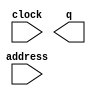
// megafunction wizard: %ROM: 1-PORT%VBB%
// GENERATION: STANDARD
// VERSION: WM1.0
// MODULE: altsyncram 

// ============================================================
// Megafunction Name(s):
// 			altsyncram
//
// Simulation Library Files(s):
// 			altera_mf
// ============================================================
// ************************************************************
// THIS IS A WIZARD-GENERATED FILE. DO NOT EDIT THIS FILE!
//
// 17.0.0 Build 595 04/25/2017 SJ Lite Edition
// ************************************************************

//Copyright (C) 2017  Intel Corporation. All rights reserved.
//Your use of Intel Corporation's design tools, logic functions 
//and other software and tools, and its AMPP partner logic 
//functions, and any output files from any of the foregoing 
//(including device programming or simulation files), and any 
//associated documentation or information are expressly subject 
//to the terms and conditions of the Intel Program License 
//Subscription Agreement, the Intel Quartus Prime License Agreement,
//the Intel MegaCore Function License Agreement, or other 
//applicable license agreement, including, without limitation, 
//that your use is for the sole purpose of programming logic 
//devices manufactured by Intel and sold by Intel or its 
//authorized distributors.  Please refer to the applicable 
//agreement for further details.

module rock (
	address,
	clock,
	q);

	input	[14:0]  address;
	input	  clock;
	output	[0:0]  q;
`ifndef ALTERA_RESERVED_QIS
// synopsys translate_off
`endif
	tri1	  clock;
`ifndef ALTERA_RESERVED_QIS
// synopsys translate_on
`endif

endmodule

// ============================================================
// CNX file retrieval info
// ============================================================
// Retrieval info: PRIVATE: ADDRESSSTALL_A NUMERIC "0"
// Retrieval info: PRIVATE: AclrAddr NUMERIC "0"
// Retrieval info: PRIVATE: AclrByte NUMERIC "0"
// Retrieval info: PRIVATE: AclrOutput NUMERIC "0"
// Retrieval info: PRIVATE: BYTE_ENABLE NUMERIC "0"
// Retrieval info: PRIVATE: BYTE_SIZE NUMERIC "8"
// Retrieval info: PRIVATE: BlankMemory NUMERIC "0"
// Retrieval info: PRIVATE: CLOCK_ENABLE_INPUT_A NUMERIC "0"
// Retrieval info: PRIVATE: CLOCK_ENABLE_OUTPUT_A NUMERIC "0"
// Retrieval info: PRIVATE: Clken NUMERIC "0"
// Retrieval info: PRIVATE: IMPLEMENT_IN_LES NUMERIC "0"
// Retrieval info: PRIVATE: INIT_FILE_LAYOUT STRING "PORT_A"
// Retrieval info: PRIVATE: INIT_TO_SIM_X NUMERIC "0"
// Retrieval info: PRIVATE: INTENDED_DEVICE_FAMILY STRING "Cyclone V"
// Retrieval info: PRIVATE: JTAG_ENABLED NUMERIC "0"
// Retrieval info: PRIVATE: JTAG_ID STRING "NONE"
// Retrieval info: PRIVATE: MAXIMUM_DEPTH NUMERIC "0"
// Retrieval info: PRIVATE: MIFfilename STRING "./csc258/project/m2/learning-rps/rock.mono.mif"
// Retrieval info: PRIVATE: NUMWORDS_A NUMERIC "32768"
// Retrieval info: PRIVATE: RAM_BLOCK_TYPE NUMERIC "0"
// Retrieval info: PRIVATE: RegAddr NUMERIC "1"
// Retrieval info: PRIVATE: RegOutput NUMERIC "0"
// Retrieval info: PRIVATE: SYNTH_WRAPPER_GEN_POSTFIX STRING "0"
// Retrieval info: PRIVATE: SingleClock NUMERIC "1"
// Retrieval info: PRIVATE: UseDQRAM NUMERIC "0"
// Retrieval info: PRIVATE: WidthAddr NUMERIC "15"
// Retrieval info: PRIVATE: WidthData NUMERIC "1"
// Retrieval info: PRIVATE: rden NUMERIC "0"
// Retrieval info: LIBRARY: altera_mf altera_mf.altera_mf_components.all
// Retrieval info: CONSTANT: ADDRESS_ACLR_A STRING "NONE"
// Retrieval info: CONSTANT: CLOCK_ENABLE_INPUT_A STRING "BYPASS"
// Retrieval info: CONSTANT: CLOCK_ENABLE_OUTPUT_A STRING "BYPASS"
// Retrieval info: CONSTANT: INIT_FILE STRING "./csc258/project/m2/learning-rps/rock.mono.mif"
// Retrieval info: CONSTANT: INTENDED_DEVICE_FAMILY STRING "Cyclone V"
// Retrieval info: CONSTANT: LPM_HINT STRING "ENABLE_RUNTIME_MOD=NO"
// Retrieval info: CONSTANT: LPM_TYPE STRING "altsyncram"
// Retrieval info: CONSTANT: NUMWORDS_A NUMERIC "32768"
// Retrieval info: CONSTANT: OPERATION_MODE STRING "ROM"
// Retrieval info: CONSTANT: OUTDATA_ACLR_A STRING "NONE"
// Retrieval info: CONSTANT: OUTDATA_REG_A STRING "UNREGISTERED"
// Retrieval info: CONSTANT: WIDTHAD_A NUMERIC "15"
// Retrieval info: CONSTANT: WIDTH_A NUMERIC "1"
// Retrieval info: CONSTANT: WIDTH_BYTEENA_A NUMERIC "1"
// Retrieval info: USED_PORT: address 0 0 15 0 INPUT NODEFVAL "address[14..0]"
// Retrieval info: USED_PORT: clock 0 0 0 0 INPUT VCC "clock"
// Retrieval info: USED_PORT: q 0 0 1 0 OUTPUT NODEFVAL "q[0..0]"
// Retrieval info: CONNECT: @address_a 0 0 15 0 address 0 0 15 0
// Retrieval info: CONNECT: @clock0 0 0 0 0 clock 0 0 0 0
// Retrieval info: CONNECT: q 0 0 1 0 @q_a 0 0 1 0
// Retrieval info: GEN_FILE: TYPE_NORMAL rock.v TRUE
// Retrieval info: GEN_FILE: TYPE_NORMAL rock.inc FALSE
// Retrieval info: GEN_FILE: TYPE_NORMAL rock.cmp TRUE
// Retrieval info: GEN_FILE: TYPE_NORMAL rock.bsf TRUE
// Retrieval info: GEN_FILE: TYPE_NORMAL rock_inst.v FALSE
// Retrieval info: GEN_FILE: TYPE_NORMAL rock_bb.v TRUE
// Retrieval info: LIB_FILE: altera_mf